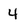
Character: 4